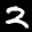
Label: 2